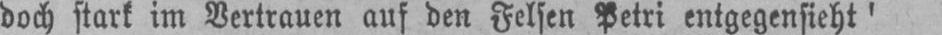
doch stark im Vertrauen auf den Felsen Petri entgegensieht’